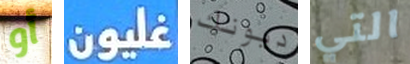
أو غليون ديونك التي